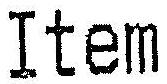
ITEM